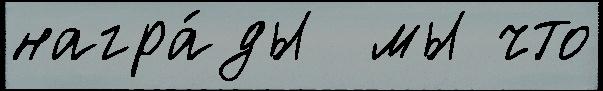
награ́ды  мы что